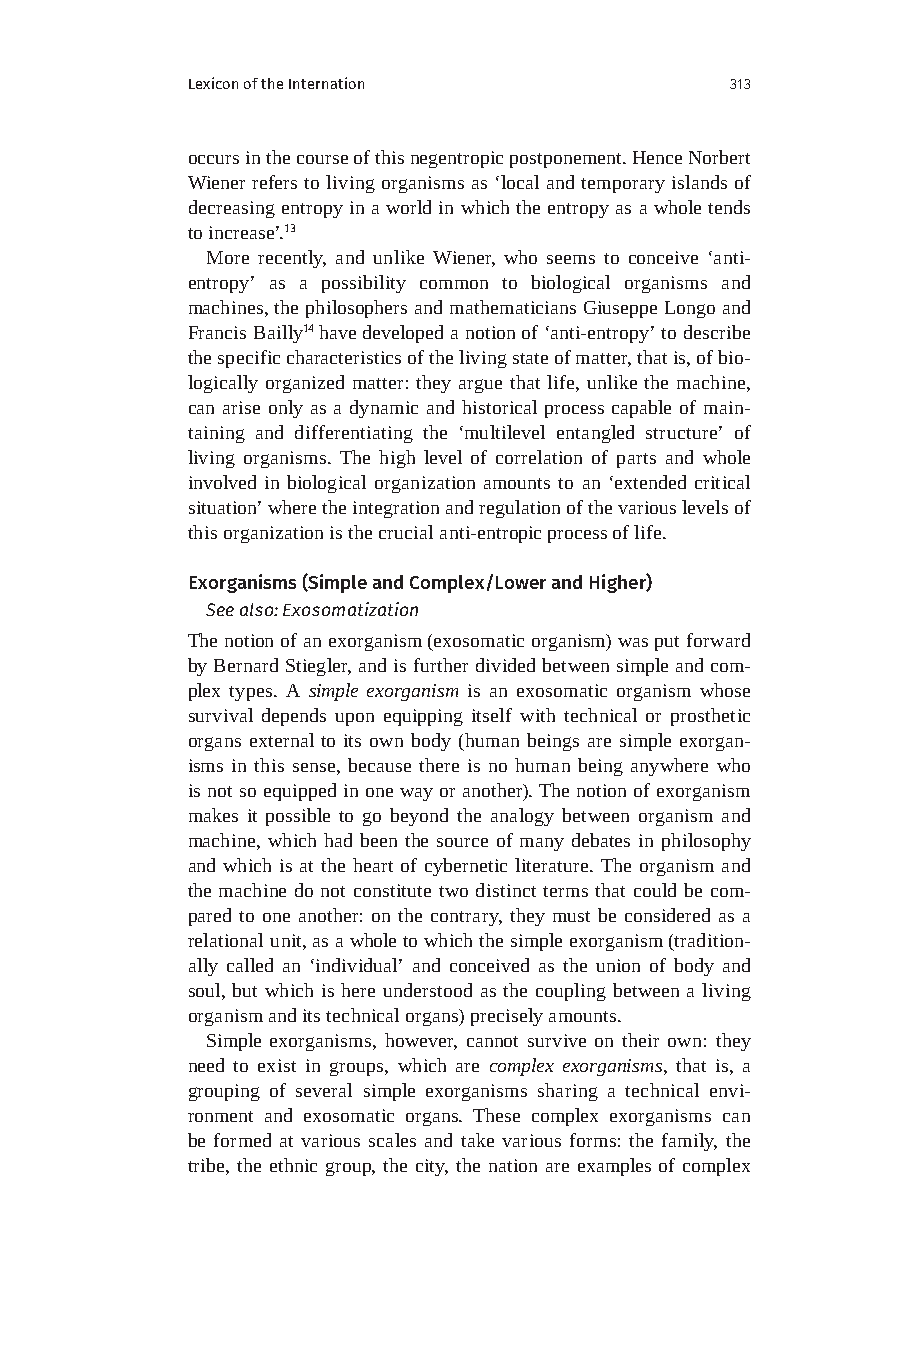
Lexicon of the Internation          313
 occurs in the course of this negentropic postponement. Hence Norbert
 Wiener refers to living organisms as ‘local and temporary islands of
 decreasing entropy in a world in which the entropy as a whole tends
 to increase’.13
 More recently, and unlike Wiener, who seems to conceive ‘anti-
 entropy’ as a possibility common to biological organisms and
 machines, the philosophers and mathematicians Giuseppe Longo and
 Francis Bailly14 have developed a notion of ‘anti-entropy’ to describe
 the specific characteristics of the living state of matter, that is, of bio-
 logically organized matter: they argue that life, unlike the machine,
 can arise only as a dynamic and historical process capable of main-
 taining and differentiating the ‘multilevel entangled structure’ of
 living organisms. The high level of correlation of parts and whole
 involved in biological organization amounts to an ‘extended critical
 situation’ where the integration and regulation of the various levels of
 this organization is the crucial anti-entropic process of life.
 Exorganisms (Simple and Complex/Lower and Higher)
 See also: Exosomatization
 The notion of an exorganism (exosomatic organism) was put forward
 by Bernard Stiegler, and is further divided between simple and com-
 plex types. A simple exorganism is an exosomatic organism whose
 survival depends upon equipping itself with technical or prosthetic
 organs external to its own body (human beings are simple exorgan-
 isms in this sense, because there is no human being anywhere who
 is not so equipped in one way or another). The notion of exorganism
 makes it possible to go beyond the analogy between organism and
 machine, which had been the source of many debates in philosophy
 and which is at the heart of cybernetic literature. The organism and
 the machine do not constitute two distinct terms that could be com-
 pared to one another: on the contrary, they must be considered as a
 relational unit, as a whole to which the simple exorganism (tradition-
 ally called an ‘individual’ and conceived as the union of body and
 soul, but which is here understood as the coupling between a living
 organism and its technical organs) precisely amounts.
 Simple exorganisms, however, cannot survive on their own: they
 need to exist in groups, which are complex exorganisms, that is, a
 grouping of several simple exorganisms sharing a technical envi-
 ronment and exosomatic organs. These complex exorganisms can
 be formed at various scales and take various forms: the family, the
 tribe, the ethnic group, the city, the nation are examples of complex